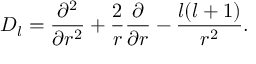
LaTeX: D _ { l } = { \frac { \partial ^ { 2 } } { \partial r ^ { 2 } } } + { \frac { 2 } { r } } { \frac { \partial } { \partial r } } - { \frac { l ( l + 1 ) } { r ^ { 2 } } } .